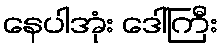
နေပါအုံး ဒေါ်ကြီး